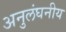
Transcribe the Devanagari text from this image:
अनुलंघनीय